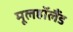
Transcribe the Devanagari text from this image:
मूलहॉलैंड